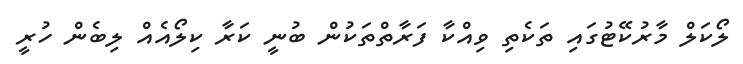
ލޯކަލް މާރުކޭޓުގައި ތަކެތި ވިއްކާ ފަރާތްތަކުން ބުނީ ކަރާ ކިލޯއެއް ލިބެން ހުރީ